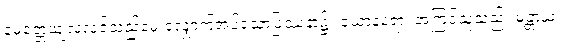
မေတ္တေယျလုလင်သည်မေးလျှောက်အပ်သောပြဿနာ၌။ ယောနရော၊ အကြင်သူသည်။ မန္တာယ၊